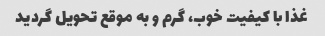
غذا با کیفیت خوب، گرم و به موقع تحویل گردید